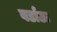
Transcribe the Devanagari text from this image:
वर्डाऊ